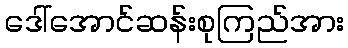
ဒေါ်အောင်ဆန်းစုကြည်အား